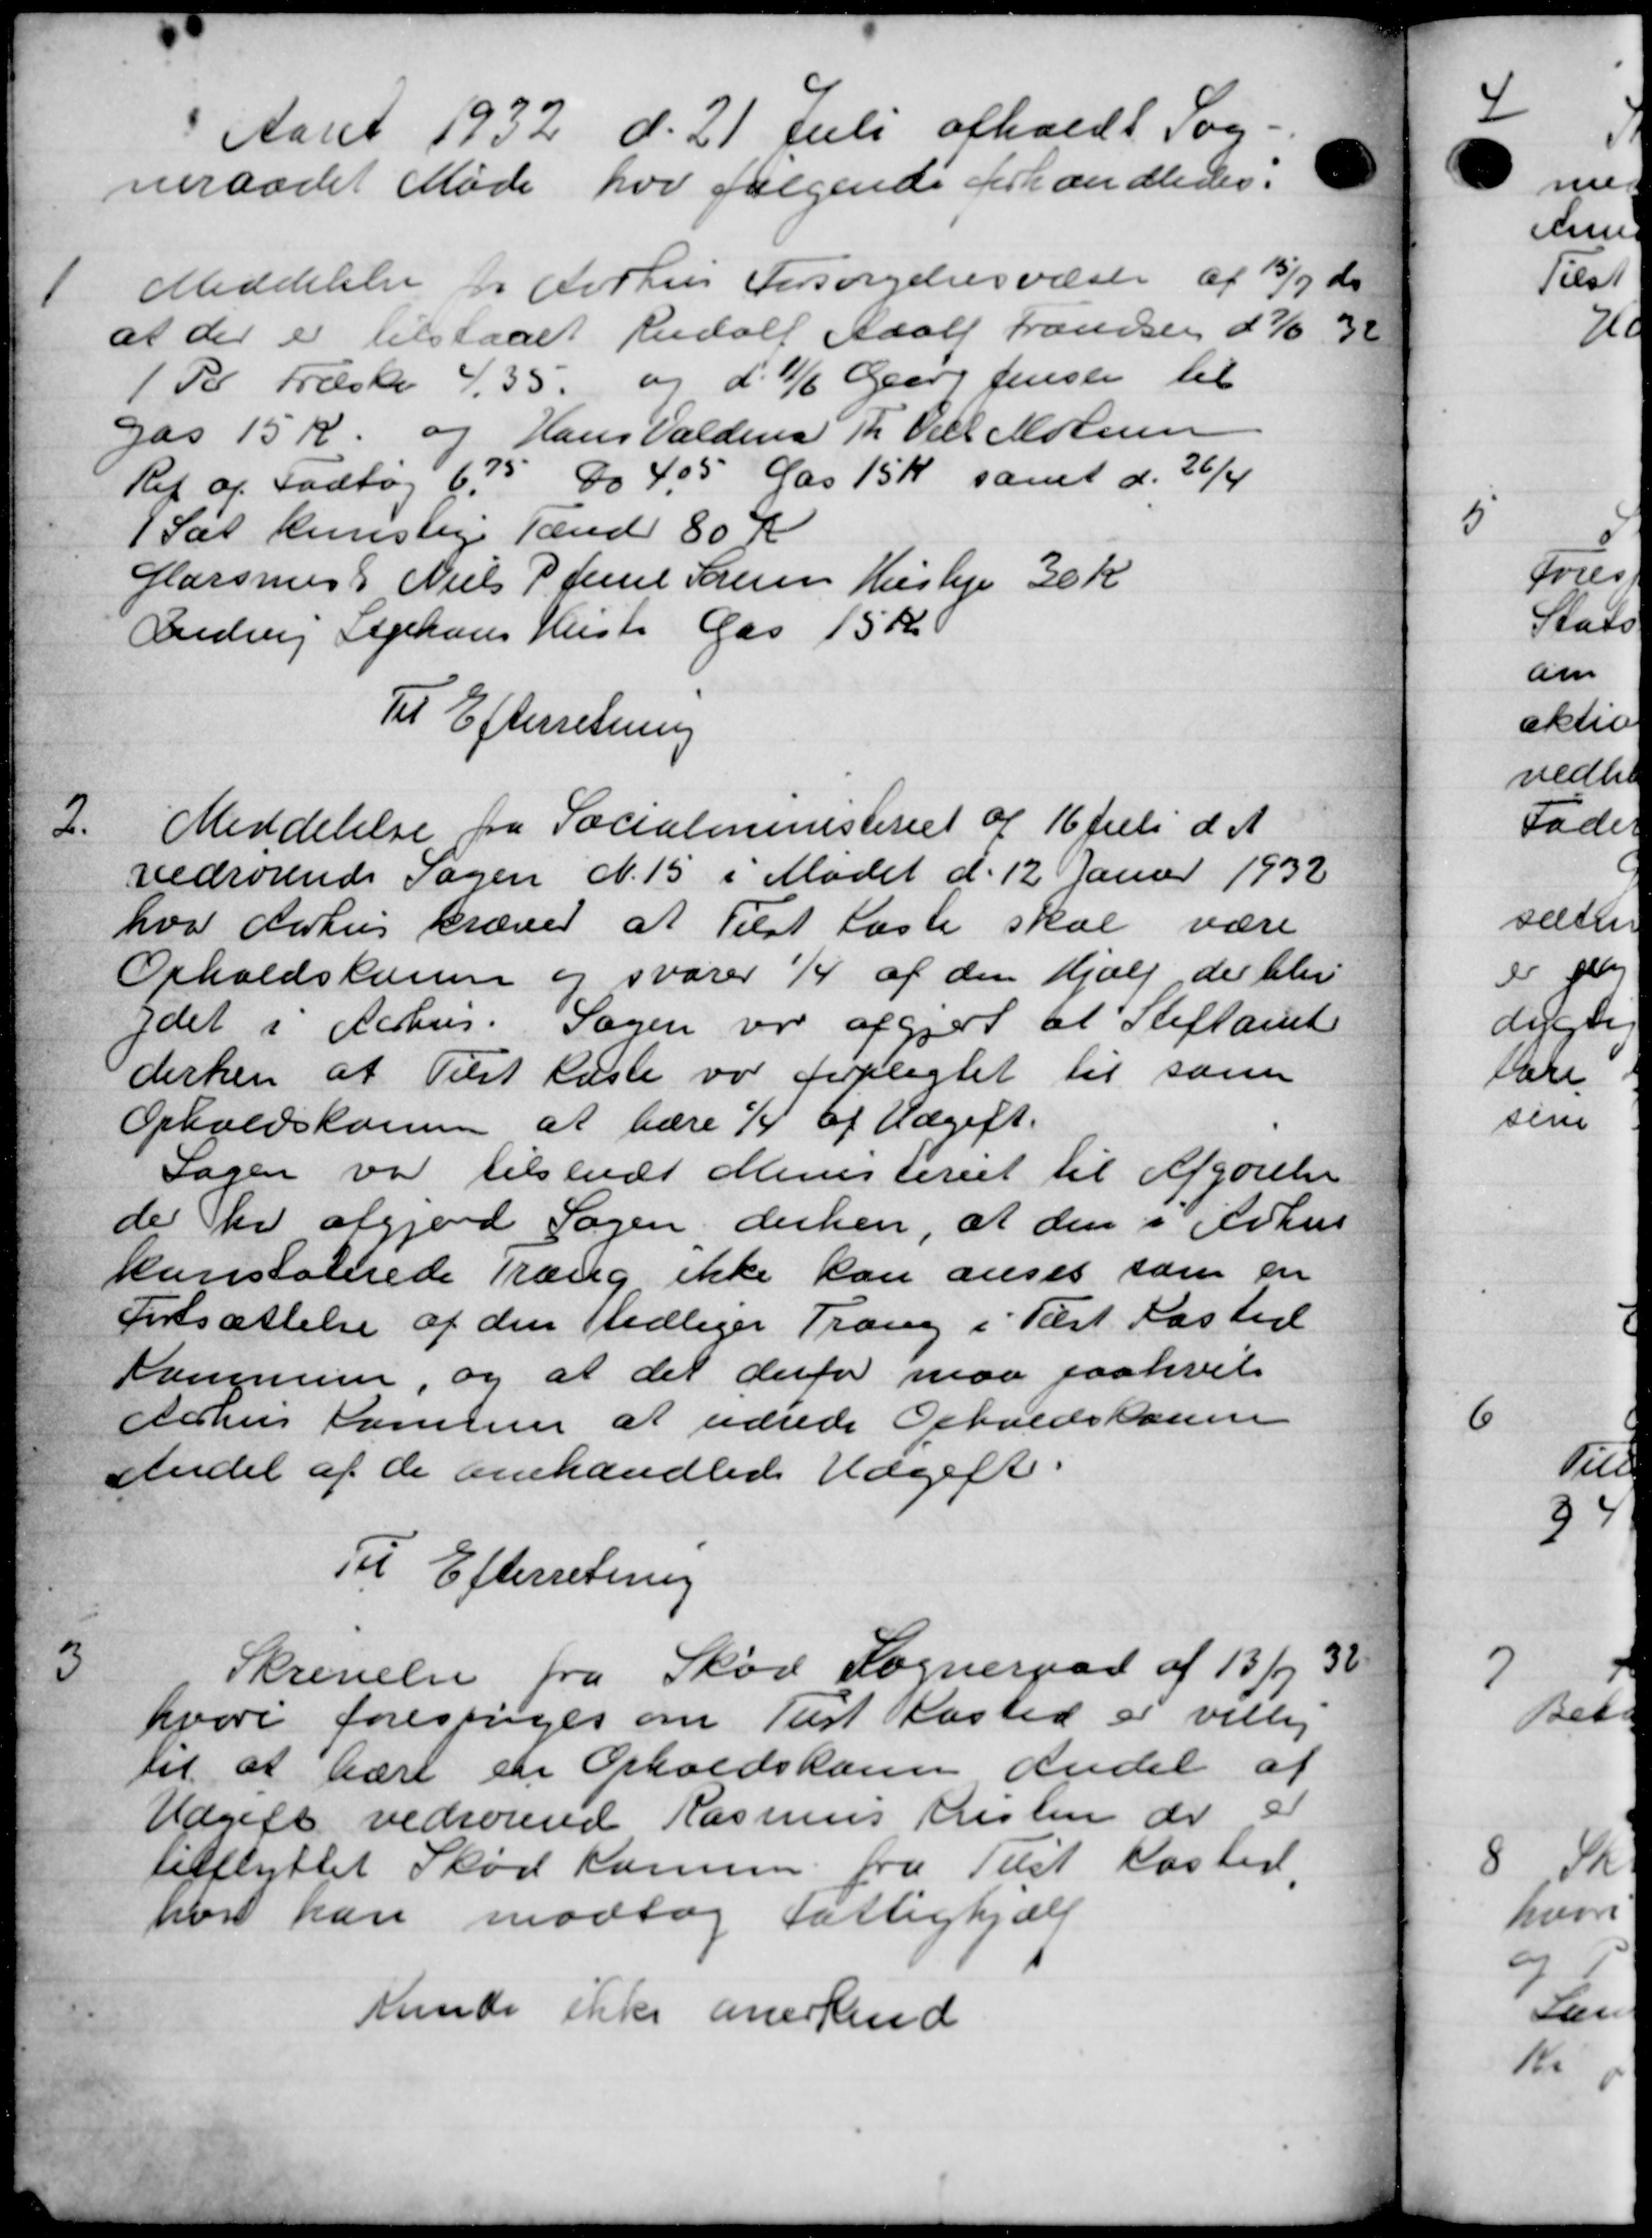
Transskription:
Aaret 1932 d. 21 Juli afholdt So
neraadet Møde hor følgende forhandledes:
1
Meddelelse for Aarhus Forsørgelsesvæsen af 15/9 d.
at der er tilstaaet Rudolf Adolf trandsen d 7/6 38
1R Træske 4. 35. og d. 11/6 Oper Jensen til
gas 15 k. og Hans Valder Th Oell Moensen
Ref af Fodbog 6,75 do 405 Gas 15 Kr. samt d. 26/4
sat kunstige Tænd 80 K
Garsmus Niels P Jense Sørensen Husleje 30 Kr.
Gudvig Sophans Hustr Gas 15 Kr.
Til Efterretning
2
Meddelelse fra Socialministeriet af 16 Juli d. A.
vedrørende Sagen N. 15 i Mødet d. 12 Janur 1932
hvor Aarhus kræver at Tilst læste skal være
Opholdskassen er svarer 1/4 af den Hjælp der blev
ydet i Aarhus. Sagen var afgjor at Stiftamt
derken at Tilst læste var forpligtet til som
Opholdskomme at være 1/4 af Udgift.
Sagen var tilskudt Ministeriet til Afgørelse
de her afgjord Sagen derhen, at den i Århus
konstalerede Træng ikke kan anses som en
Fortsættelse af den tidliger Trang i Tist Kasted
Kommune, og at det derfor maa paahvil
Århus Komunen at udrede Opholdskonen
Andel af de omhandlede Udgift.
Til Efterretning
3
Skrivelse fra Skød Sogneraad af 13/7 38
hvori forespørges om Tist Kasted er villig
til at være en Opholdskomen andel af
Udgift vedrørende Rasmus Kristen der e
tilflyttet Skød Komm. fra Tilst Kasted,
har kan modtog fattighjælp
Kinde ikke anerkend